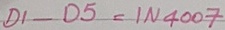
Text: D1-D5=IN4007